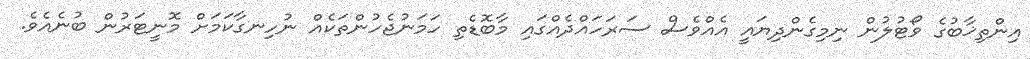
އިންތިޚާބުގެ ވޯޓުލުން ނިމިގެންދިޔައީ އެއްވެސް ސަރަހައްދެއްގައި މާބޮޑެތި ހަމަނުޖެހުންތަކެއް ނުހިނގާކަމަށް މޮނީޓަރުން ބުނެއެވެ.